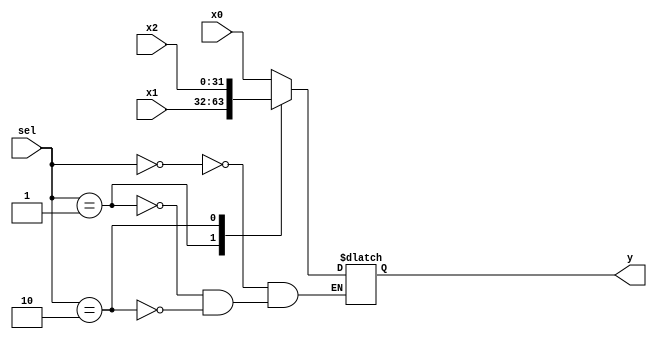

`timescale 1ns/1ns

module mux3(x0, x1, x2, y, sel);
	input [31 : 0]x0, x1, x2;
	input [1 : 0] sel;
	output reg [31 : 0]y;

	always @(*) begin
		case(sel)
		2'b00:
			y = x0;
		2'b01:
			y = x1;
		2'b10:
			y = x2;
		endcase
	end
endmodule